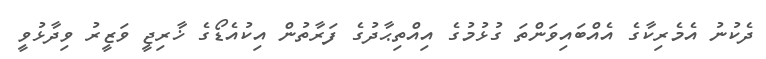
ދެކުނު އެމެރިކާގެ އެއްބައިވަންތަ ގުޅުމުގެ އިއްތިޙާދުގެ ފަރާތުން އިކުއެޑޯގެ ޚާރިޖީ ވަޒީރު ވިދާޅުވީ